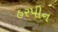
હરપીન